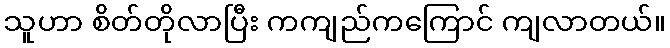
သူဟာ စိတ်တိုလာပြီး ကကျည်ကကြောင် ကျလာတယ်။